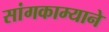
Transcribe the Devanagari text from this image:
सांगकाम्याने